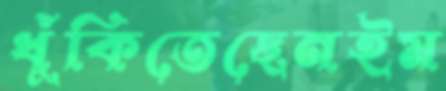
ধুঁকিতেছেনইম